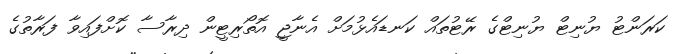
ކަރަންޓު ޔުނިޓް ޔުނިޓްގެ ރޭޓުތައް ކަނޑައެޅުމަށް އެނާޖީ އޮތޯރިޓީން ދިރާސާ ކޮށްފައިވާ ފަރާތުގެ